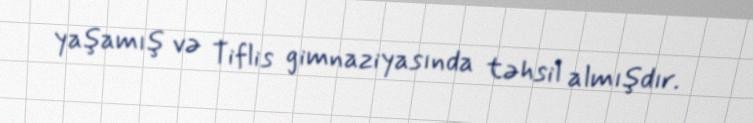
yaşamış və Tiflis gimnaziyasında təhsil almışdır.